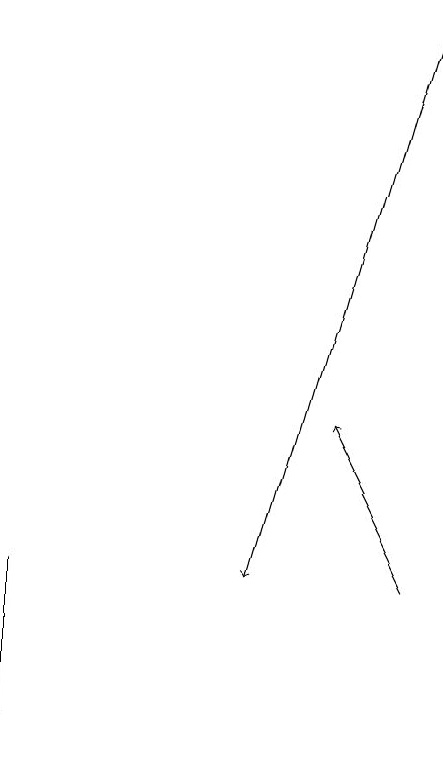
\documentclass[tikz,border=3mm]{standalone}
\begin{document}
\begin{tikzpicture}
\draw[->] (6,12) -- (5,14);
\draw (1,10) rectangle (1,12);
\draw[->] (6,19) -- (4,12);
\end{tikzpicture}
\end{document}